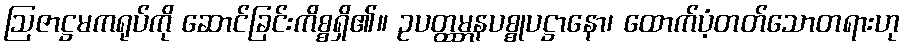
ဩဇာဋ္ဌမကရုပ်ကို ဆောင်ခြင်းကိစ္စရှိ၏။ ဥပတ္ထမ္ဘနပစ္စုပဋ္ဌာနော၊ ထောက်ပံ့တတ်သောတရားဟု